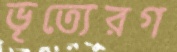
ভৃত্যেরগ